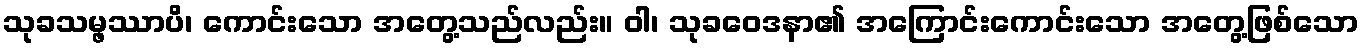
သုခသမ္ဖဿာပိ၊ ကောင်းသော အတွေ့သည်လည်း။ ဝါ၊ သုခဝေဒနာ၏ အကြောင်းကောင်းသော အတွေ့ဖြစ်သော